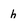
Character: h